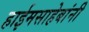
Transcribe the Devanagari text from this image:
हाईमसाहेबांनी